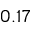
0 . 1 7